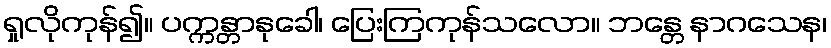
ရှုလိုကုန်၍။ ပက္ကန္တာနုခေါ၊ ပြေးကြကုန်သလော။ ဘန္တေ နာဂသေန၊